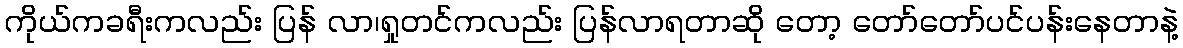
ကိုယ်ကခရီးကလည်း ပြန် လာ၊ရှုတင်ကလည်း ပြန်လာရတာဆို တော့ တော်တော်ပင်ပန်းနေတာနဲ့